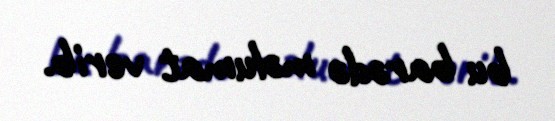
bu barədə məlumat verib.